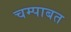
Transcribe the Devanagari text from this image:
चम्पाबत